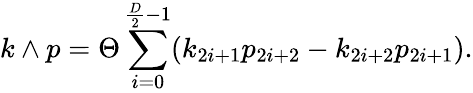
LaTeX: k\wedge p=\Theta\sum_{i=0}^{\frac{D}{2}-1}(k_{2i+1}p_{2i+2}-k_{2i+2}p_{2i+1}).